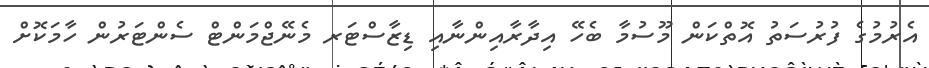
އެރުމުގެ ފުރުސަތު އޮތްކަން މޫސުމާ ބެހޭ އިދާރާއިންނާއި ޑިޒާސްޓަރ މެނޭޖްމަންޓް ސެންޓަރުން ހާމަކޮށް